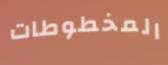
المخطوطات